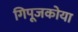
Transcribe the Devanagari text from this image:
गिपूजकोया